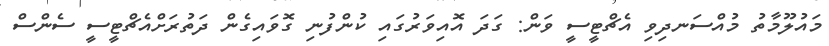
މައުލޫމާތު މުއްސަނދިވި އެޗްޓީސީ ވަން: ގަދަ އޮއިވަރުގައި ކުންފުނި ގޮވައިގެން ދަތުރަށްއެޗްޓީސީ ސެންސް